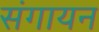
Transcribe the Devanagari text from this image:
संगायन